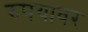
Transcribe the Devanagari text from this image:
रुपयावर